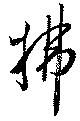
払